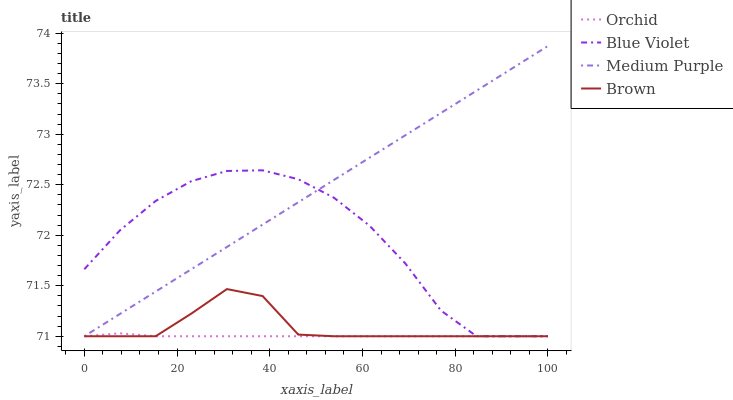
| xaxis_label | Orchid | Blue Violet | Medium Purple | Brown |
 | --- | --- | --- | --- | --- |
 | 0 | 71 | 71.7 | 71 | 71 |
 | 7.69 | 71 | 72 | 71.2 | 71 |
 | 15.4 | 71 | 72.3 | 71.4 | 71 |
 | 23.1 | 71 | 72.5 | 71.7 | 71.2 |
 | 30.8 | 71 | 72.6 | 71.9 | 71.5 |
 | 38.5 | 71 | 72.6 | 72.1 | 71.4 |
 | 46.2 | 71 | 72.6 | 72.3 | 71 |
 | 53.8 | 71 | 72.4 | 72.5 | 71 |
 | 61.5 | 71 | 72.1 | 72.8 | 71 |
 | 69.2 | 71 | 71.7 | 73 | 71 |
 | 76.9 | 71 | 71.3 | 73.2 | 71 |
 | 84.6 | 71 | 71 | 73.4 | 71 |
 | 92.3 | 71 | 71 | 73.7 | 71 |
 | 100 | 71 | 71 | 73.9 | 71 |